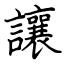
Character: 讓